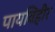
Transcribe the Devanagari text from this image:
पायविहीर